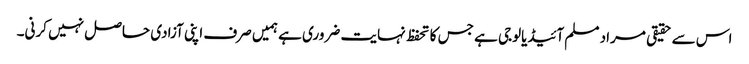
اس سے حقیقی مراد مسلم آئیڈیالوجی ہے جس کا تحفظ نہایت ضروری ہے ہمیں صرف اپنی آزادی حاصل نہیں کرنی۔